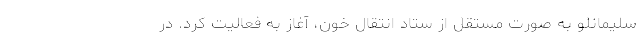
سلیمانلو به صورت مستقل از ستاد انتقال خون، آغاز به فعالیت کرد. در